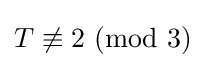
T\not \equiv 2\ (\mathrm {mod} \ 3)